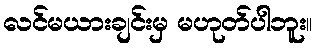
လင်မယားချင်းမှ မဟုတ်ပါဘူး။